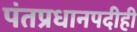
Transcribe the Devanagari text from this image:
पंतप्रधानपदीही